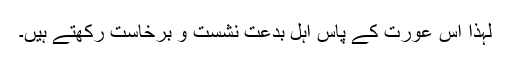
لہٰذا اس عورت کے پاس اہل بدعت نشست و برخاست رکھتے ہیں۔